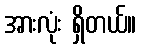
အားလုံး ရှိတယ်။